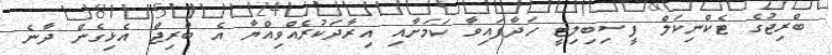
ބްރިޖުގެ ޓެކްނިކަލް ފީސިބިލިޓީ ހަދާފައިވާ ކަމަށާއި އިރާދަކުރެއްވިއްޔާ އެ ބްރިޖް އެޅިގެން ދާނެ